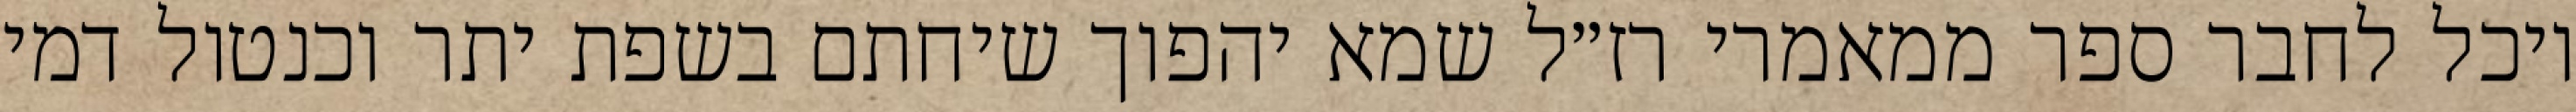
יוכל לחבר ספר ממאמרי רז״ל שמא יהפוך שיחתם בשפת יתר וכנטול דמי